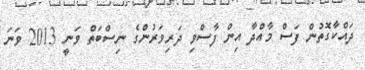
ދައްކާގޮތުން ފަސް މާއްދާ އިން ފާސްވި ދަރިވަރުންގެ ނިސްބަތް ވަނީ 2013 ވަނަ